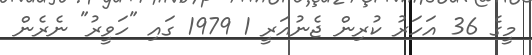
މީގެ 36 އަހަރު ކުރިން ޖެނުއަރީ 1 1979 ގައި "ހަވީރު" ނެރެން